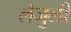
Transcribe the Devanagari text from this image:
लेजुली